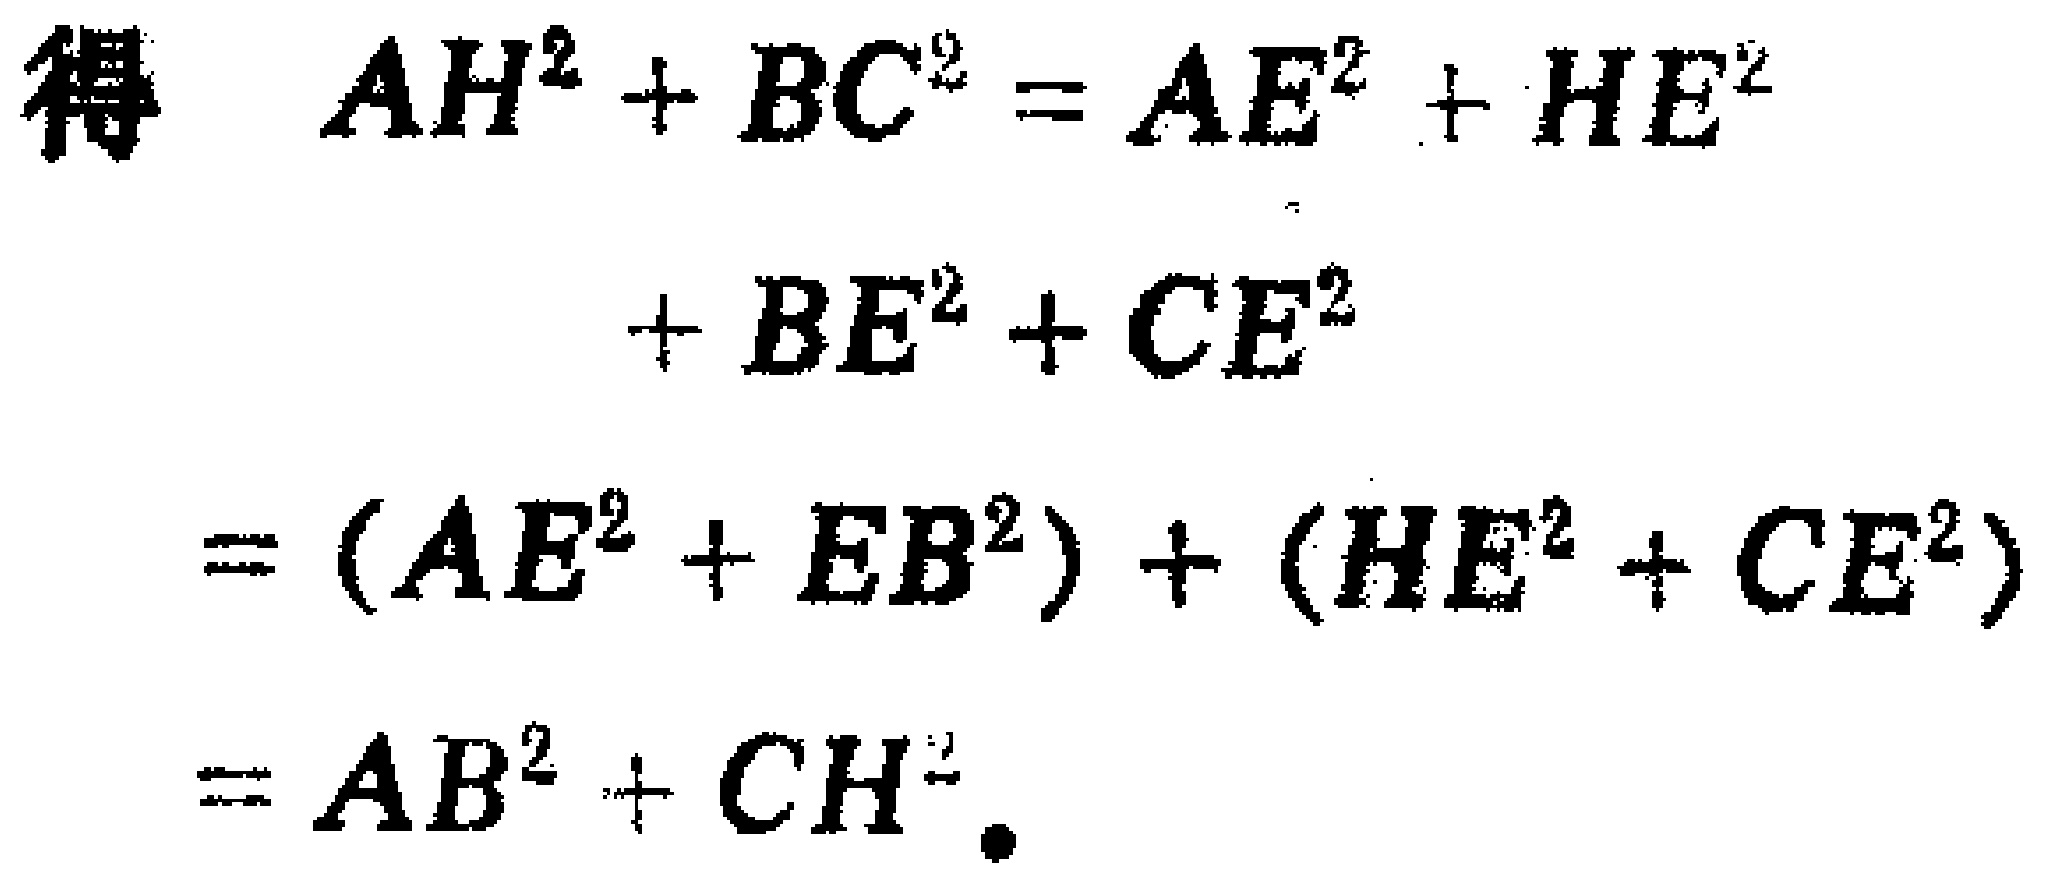
\[
\begin{align*}
\text{得}\quad AH^{2}+BC^{2}&=AE^{2}+HE^{2}\\
&+BE^{2}+CE^{2}\\
&=(AE^{2}+EB^{2})+(HE^{2}+CE^{2})\\
&=AB^{2}+CH^{2}.
\end{align*}
\]